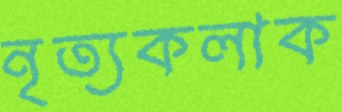
নৃত্যকলাক